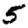
Digit: 5